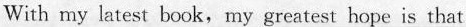
With my latest book,my greatest hope is that